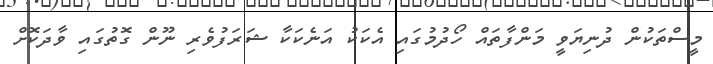
މީސްތަކުން ދުނިޔަވީ މަންފާތައް ހޯދުމުގައި އެކަކު އަނެކަކާ ޝަރަފުވެރި ނޫން ގޮތުގައި ވާދަކޮށް